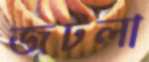
জটলা